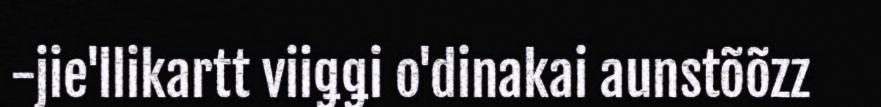
-jie'llikartt viiǥǥi o'dinakai aunstõõzz